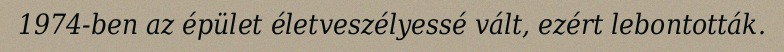
1974-ben az épület életveszélyessé vált, ezért lebontották.